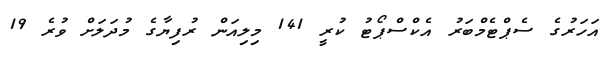
އަހަރުގެ ސެޕްޓެމްބަރު އެކްސްޕޯޓު ކުރީ 141 މިލިއަން ރުފިޔާގެ މުދަލަށް ވުރެ 19